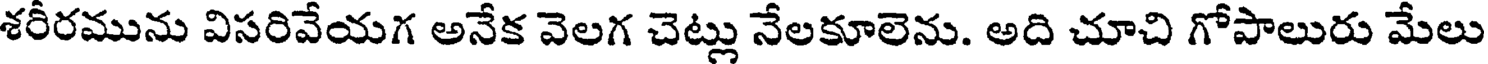
శరీరమును విసరివేయగ అనేక వెలగ చెట్లు నేలకూలెను. అది చూచి గోపాలురు మేలు